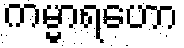
ကမ္မာရဟော